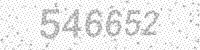
Solution: 546652